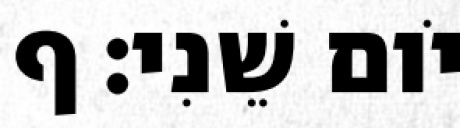
יֹום שֵׁנִי׃ ף